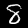
Label: 8